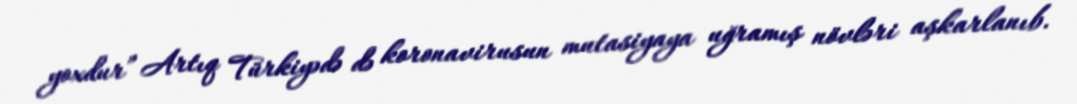
yoxdur” Artıq Türkiyədə də koronavirusun mutasiyaya uğramış növləri aşkarlanıb.